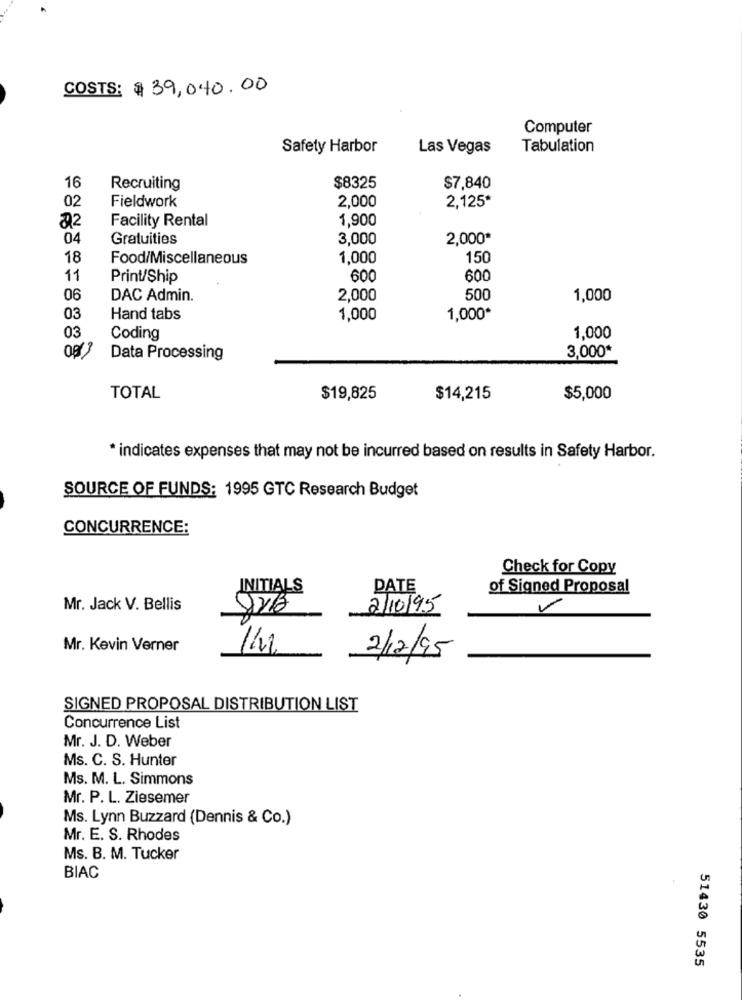
COSTS: $39,040.00
Computer
Safety Harbor
Las Vegas
Tabulation
16
Recruiting
$8325
$7,840
02
Fieldwork
2,000
2,125*
02
Facility Rental
1,900
04
Gratuities
3,000
2,000*
18
Food/Miscellaneous
1,000
150
11
Print/Ship
600
600
06
DAC Admin.
2,000
500
1,000
03
Hand tabs
1,000
1,000*
03
Coding
1,000
3,000
Data Processing
TOTAL
$19,825
$14,215
$5,000
* indicates expenses that may not be incurred based on results in Safety Harbor.
SOURCE OF FUNDS: 1995 GTC Research Budget
CONCURRENCE:
Check for Copy
INITIALS
DATE
of Signed Proposal
Mr. Jack V. Bellis
2/10/95
V
Mr. Kevin Verner
2/12/95
SIGNED PROPOSAL DISTRIBUTION LIST
Concurrence List
Mr. J. D. Weber
Ms. C. S. Hunter
Ms. M. L. Simmons
Mr. P. L. Ziesemer
Ms. Lynn Buzzard (Dennis & Co.)
Mr. E. S. Rhodes
Ms. B. M. Tucker
BIAC
51430 5535